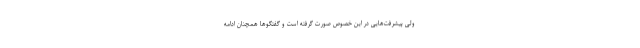
ولی پیشرفت‌هایی در این خصوص صورت گرفته است و گفتگوها همچنان ادامه